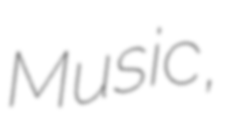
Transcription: Music,